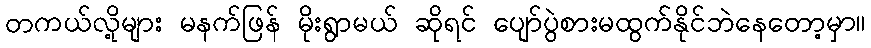
တကယ်လို့များ မနက်ဖြန် မိုးရွာမယ် ဆိုရင် ပျော်ပွဲစားမထွက်နိုင်ဘဲနေတော့မှာ။